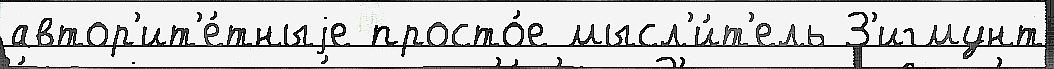
автор'ит'е́тныjе просто́е мысл'и́т'ель З'игмунт